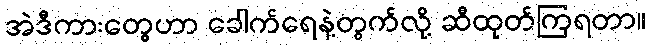
အဲဒီကားတွေဟာ ခေါက်ရေနဲ့တွက်လို့ ဆီထုတ်ကြရတာ။